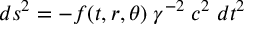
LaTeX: d s ^ { 2 } = - f ( t , r , \theta ) \; \gamma ^ { - 2 } \; c ^ { 2 } \; d t ^ { 2 }